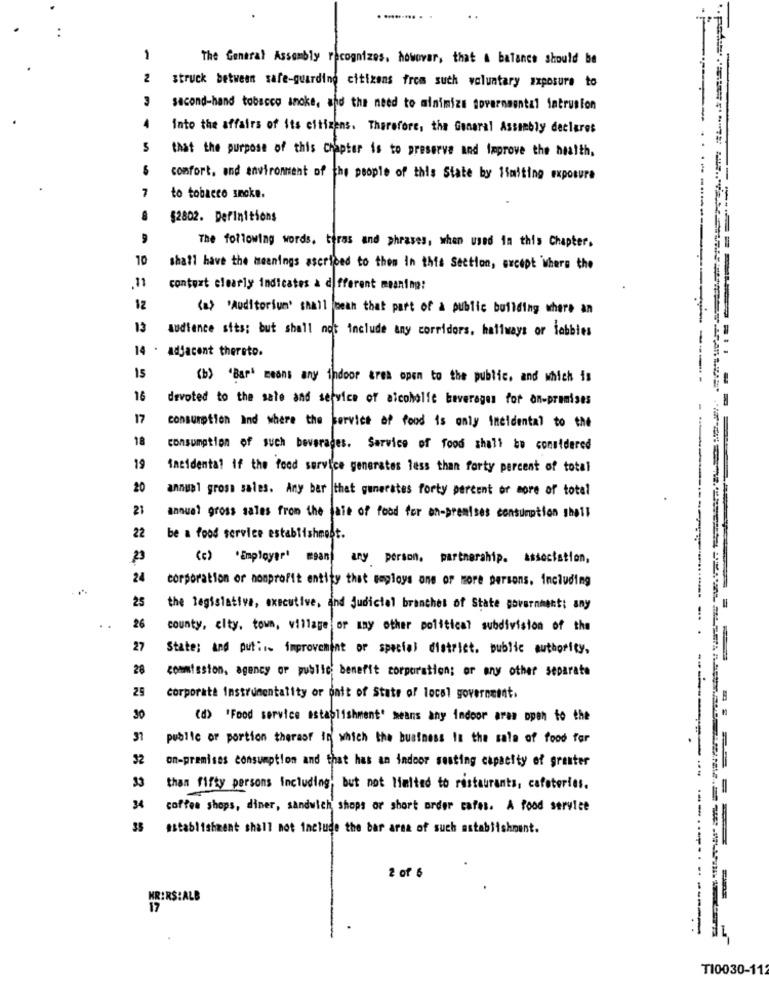
. ......... . .
1
The General Assembly recognizes. howovar, that a balance should be
2
struck between safe-guarding citizens from such voluntary exposure to
second-hand tobacco anoke, and the need to minimize governmental intrusion
into the affairs of its citizens. Therefore, the General Assembly declares
that the purpose of this Chapter is to preserve and improve the health,
comfort, and environment of the people of this State by limiting exposure
to tobacco smoke.
$2802. Definitions
The following words, teras and phrases, when used in this Chapter.
10
shall have the meanings ascribed to them in this Section, except where the
11
context clearly indicates a different meaning:
12
(a> 'Auditorium' shall beah that part of a public building where an
13
audience sits; but shall not include any corridors, hallways or lobbies
14 . adjacent thereto.
15
(b) "Bar' means any indoor area open to the public, and which is
16
devoted to the sale and service of alcoholfe beverages for on-premises
-----
17
consumption And where the service of food is only incidental to the
18
consumption of such beverages. Service of food shall be considered
19
incidental if the food service generates less than forty percent of total
20
annual gross sales. Any ber |that generates forty percent or more of total
21
annuel gross sales from the tale of food for on-premises consumption shell
22
be a food service establishment.
23
(c) *Employer' mean any person, partnership. association,
24
corporation or nonprofit entity that seploys one or more persons, including
25
the legislative, executive, and Judicial branches of State government; any
26
county, city, town, village or any other political subdivision of the
27
State; and put ;.. improvement or special district. public authority,
28
commission, agency or public benefit corporation; or any other separate
25
corporate Instrumentality or onit of State of local government.
30
(d) "Food service establishment' means any indoor aras open to the
37
public or portion thereof in which the business is the sale of food for
32
on-premises consumption and that has an indoor seating capacity of greater
33
than fifty persons including' but not limited to restaurants, cafeterias.
34
coffee shops, diner, sandwich shops or short order cafes. A food service
establishment shall not include the bar area of such astablishment.
2 of 6
KRIR$:ALB
17
-
TI0030-112